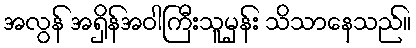
အလွန် အရှိန်အဝါကြီးသူမှန်း သိသာနေသည်။